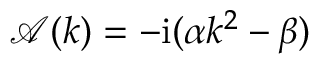
\mathcal { A } ( k ) = - \mathrm { i } ( \alpha k ^ { 2 } - \beta )